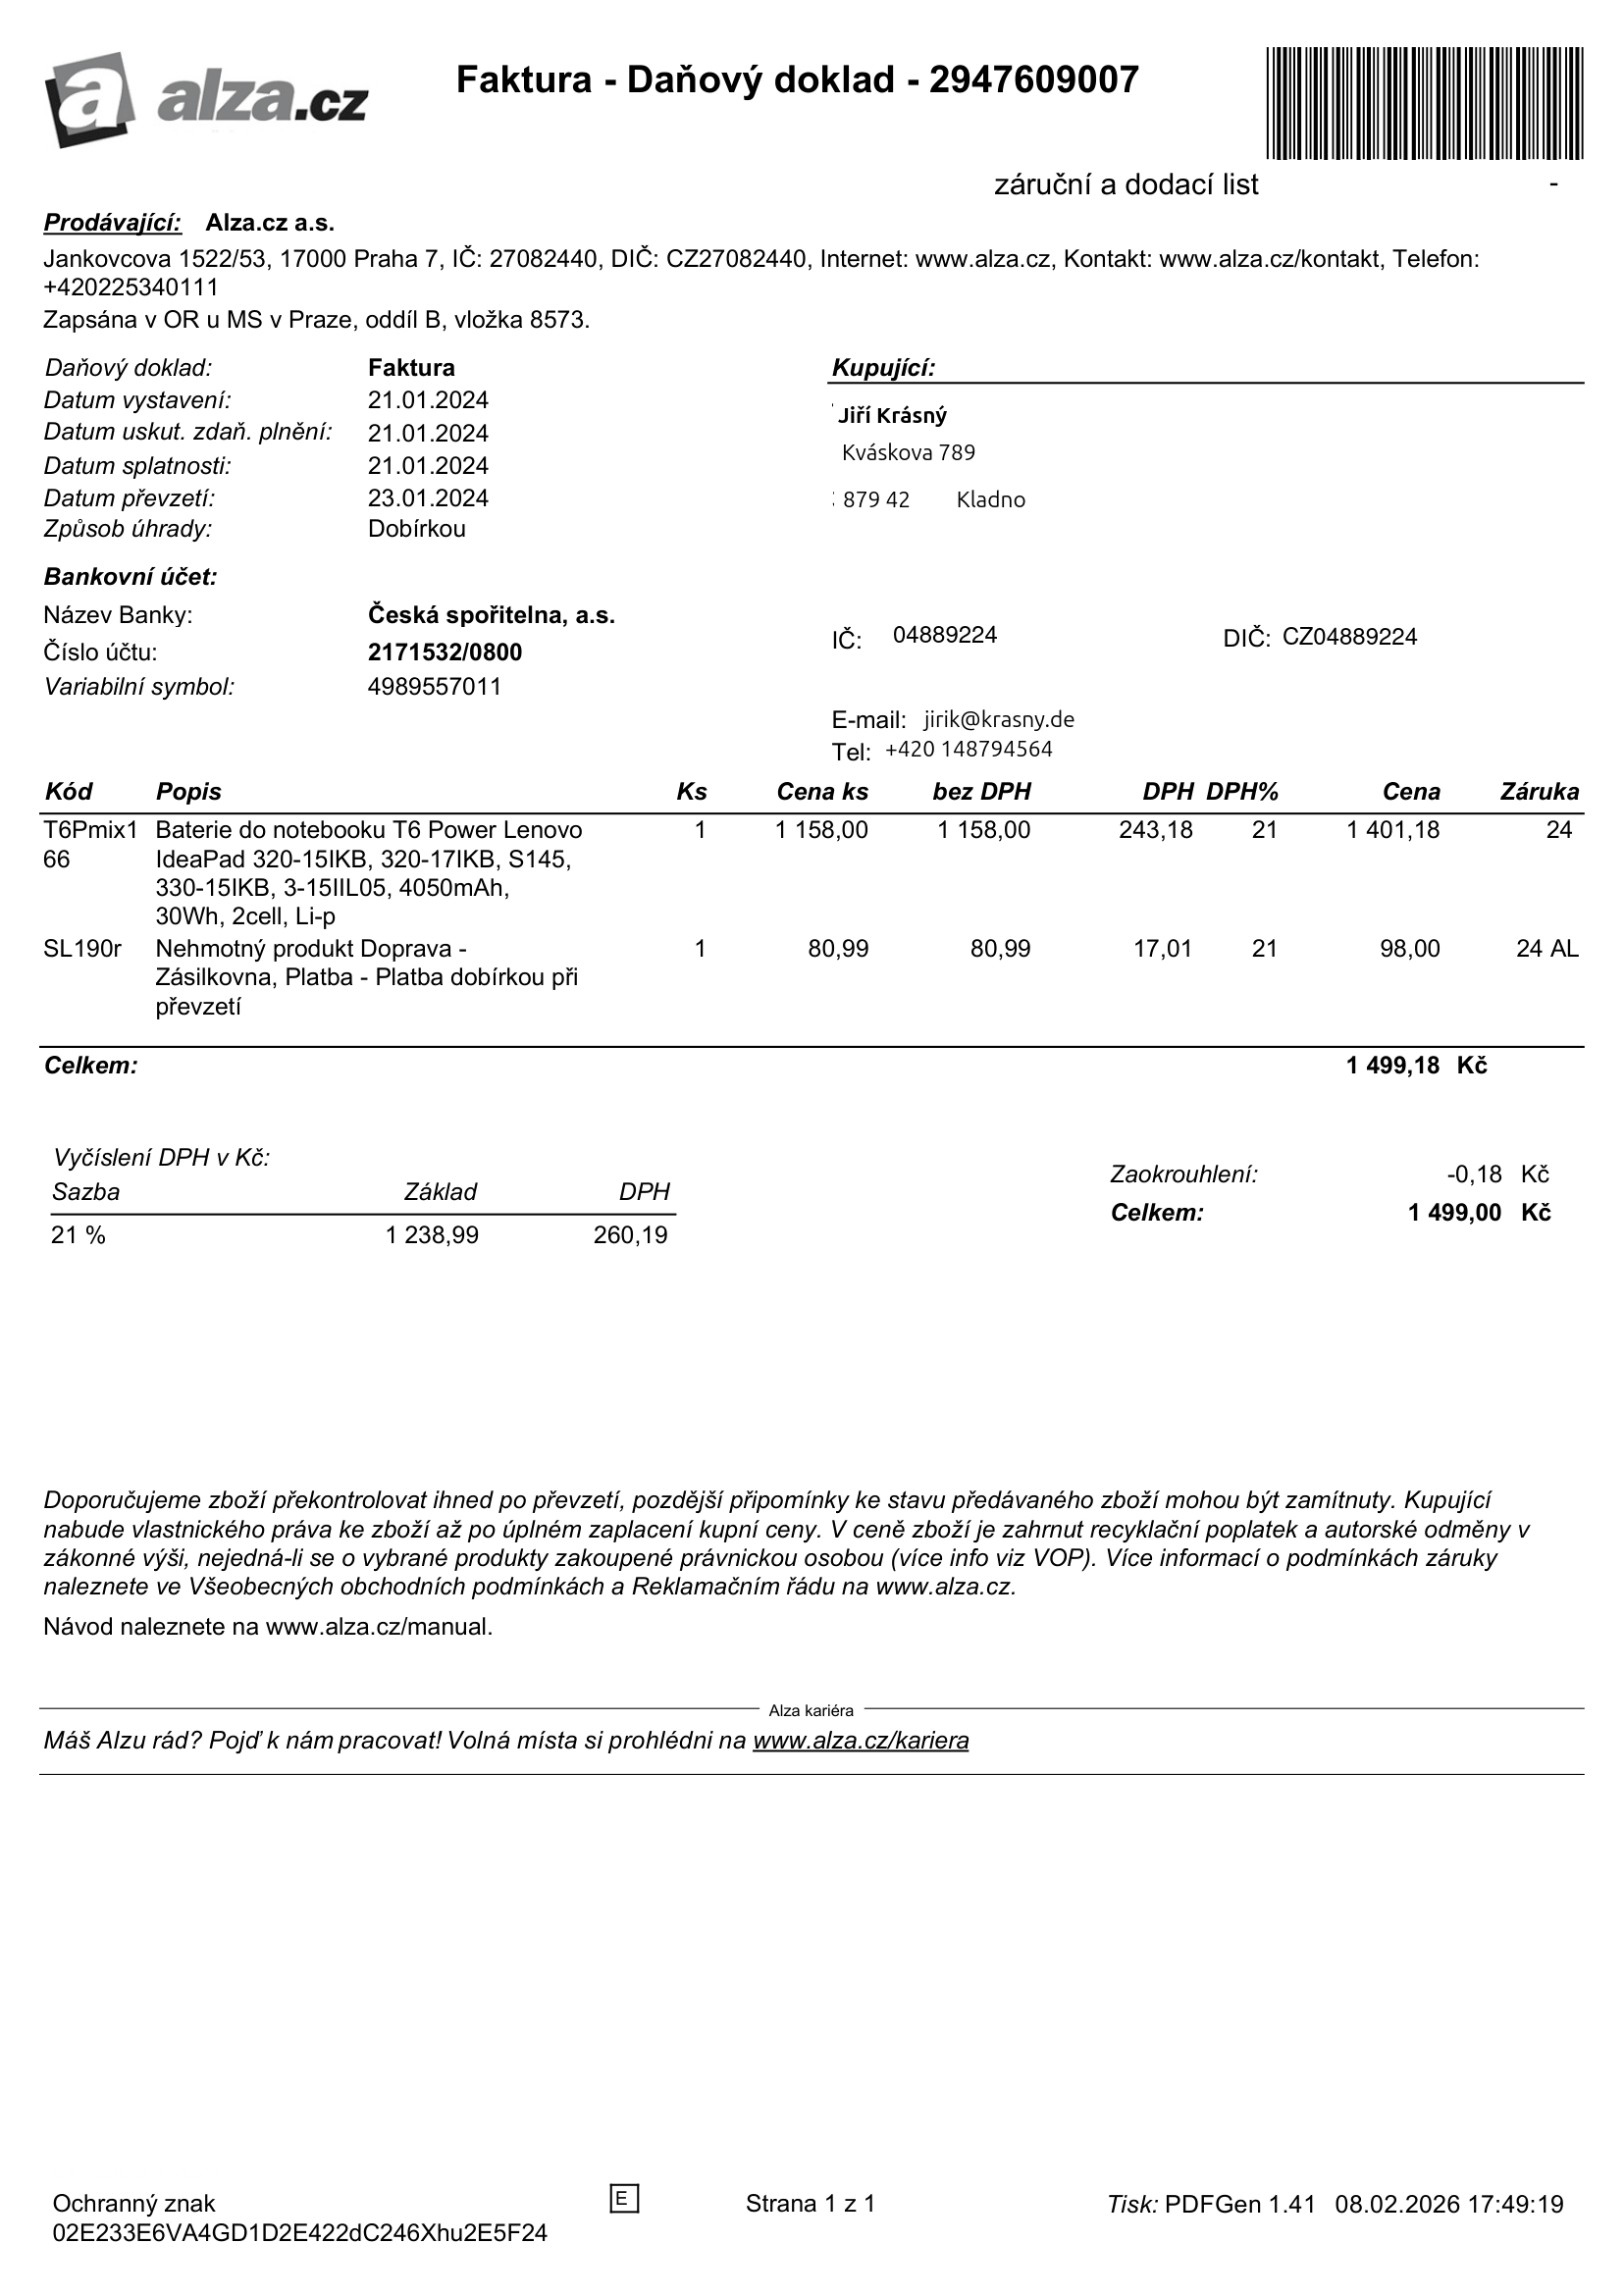
invoice_number: 2947609007
supp_register_id: 27082440
supp_tax_id: CZ27082440
cust_register_id: 04889224
cust_tax_id: CZ04889224
issue_date: 21.01.2024
taxable_supply_date: 21.01.2024
due_date: 21.01.2024
payment_type: Dobírkou
bank_account_number: 2171532/0800
variable_symbol: 4989557011
total: 1499,00